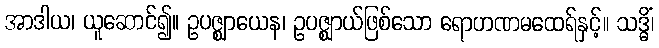
အာဒါယ၊ ယူဆောင်၍။ ဥပဇ္ဈာယေန၊ ဥပဇ္ဈာယ်ဖြစ်သော ရောဟဏမထေရ်နှင့်။ သဒ္ဓိံ၊